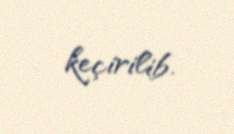
keçirilib.